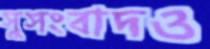
সুসংবাদও